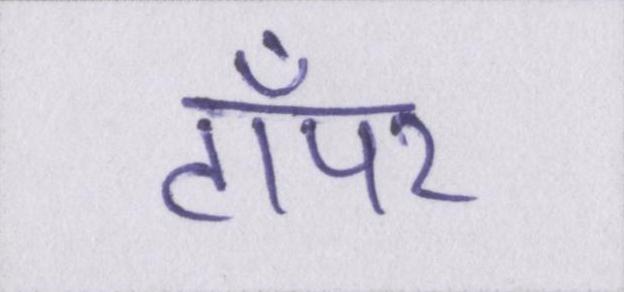
टॉपर